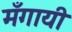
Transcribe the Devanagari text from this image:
मँगायी